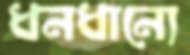
ধনধান্যে